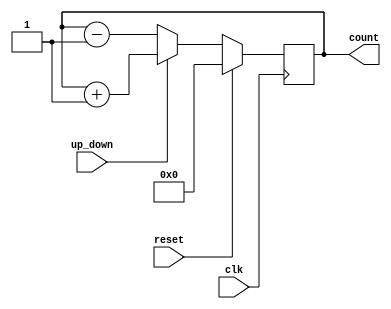
module counter(clk,reset,up_down,count);
  //define input and output ports
  input clk,reset,up_down;
  output reg [7:0] count;
  //always block will be executed at each and every positive edge of the clock
  always@(posedge clk) 
  begin
    if(reset)    //Set Counter to Zero
      count <= 0;
    else if(up_down)        //count up
      count <= count + 1;
    else            //count down
      count <= count - 1;
  end
endmodule